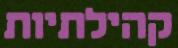
קהילתיות